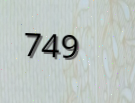
749